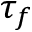
\tau _ { f }